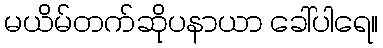
မယိမ်တက်ဆိုပနာယာ ခေါ်ပါရေ။